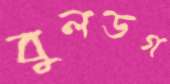
বুলডগ